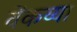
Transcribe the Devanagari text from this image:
वेंकय्या